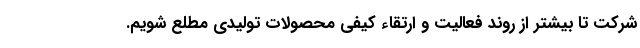
شرکت تا بیشتر از روند فعالیت و ارتقاء کیفی محصولات تولیدی مطلع شویم.